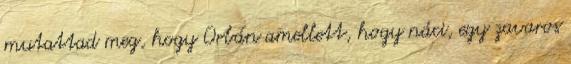
mutattad meg, hogy Orbán amellett, hogy náci, egy zavaros